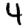
Digit: 4